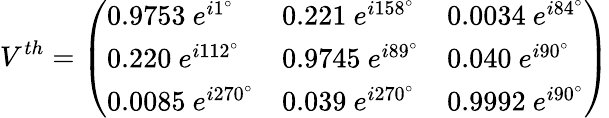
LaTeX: V^{th}=\left(\begin{array}{lll}{{0.9753~e^{i1^{\circ}}}}&{{0.221~e^{i158^{\circ}}}}&{{0.0034~e^{i84^{\circ}}}}\\ {{0.220~e^{i112^{\circ}}}}&{{0.9745~e^{i89^{\circ}}}}&{{0.040~e^{i90^{\circ}}}}\\ {{0.0085~e^{i270^{\circ}}}}&{{0.039~e^{i270^{\circ}}}}&{{0.9992~e^{i90^{\circ}}}}\end{array}\right)